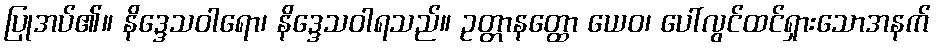
ပြုအပ်၏။ နိဒ္ဒေသဝါရော၊ နိဒ္ဒေသဝါရသည်။ ဥတ္တာနတ္ထော ယေဝ၊ ပေါ်လွင်ထင်ရှားသောအနက်